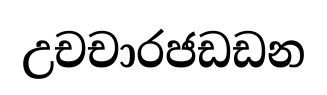
උචචාරජඩඩන